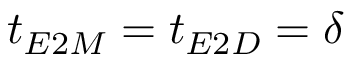
t _ { E 2 M } = t _ { E 2 D } = \delta